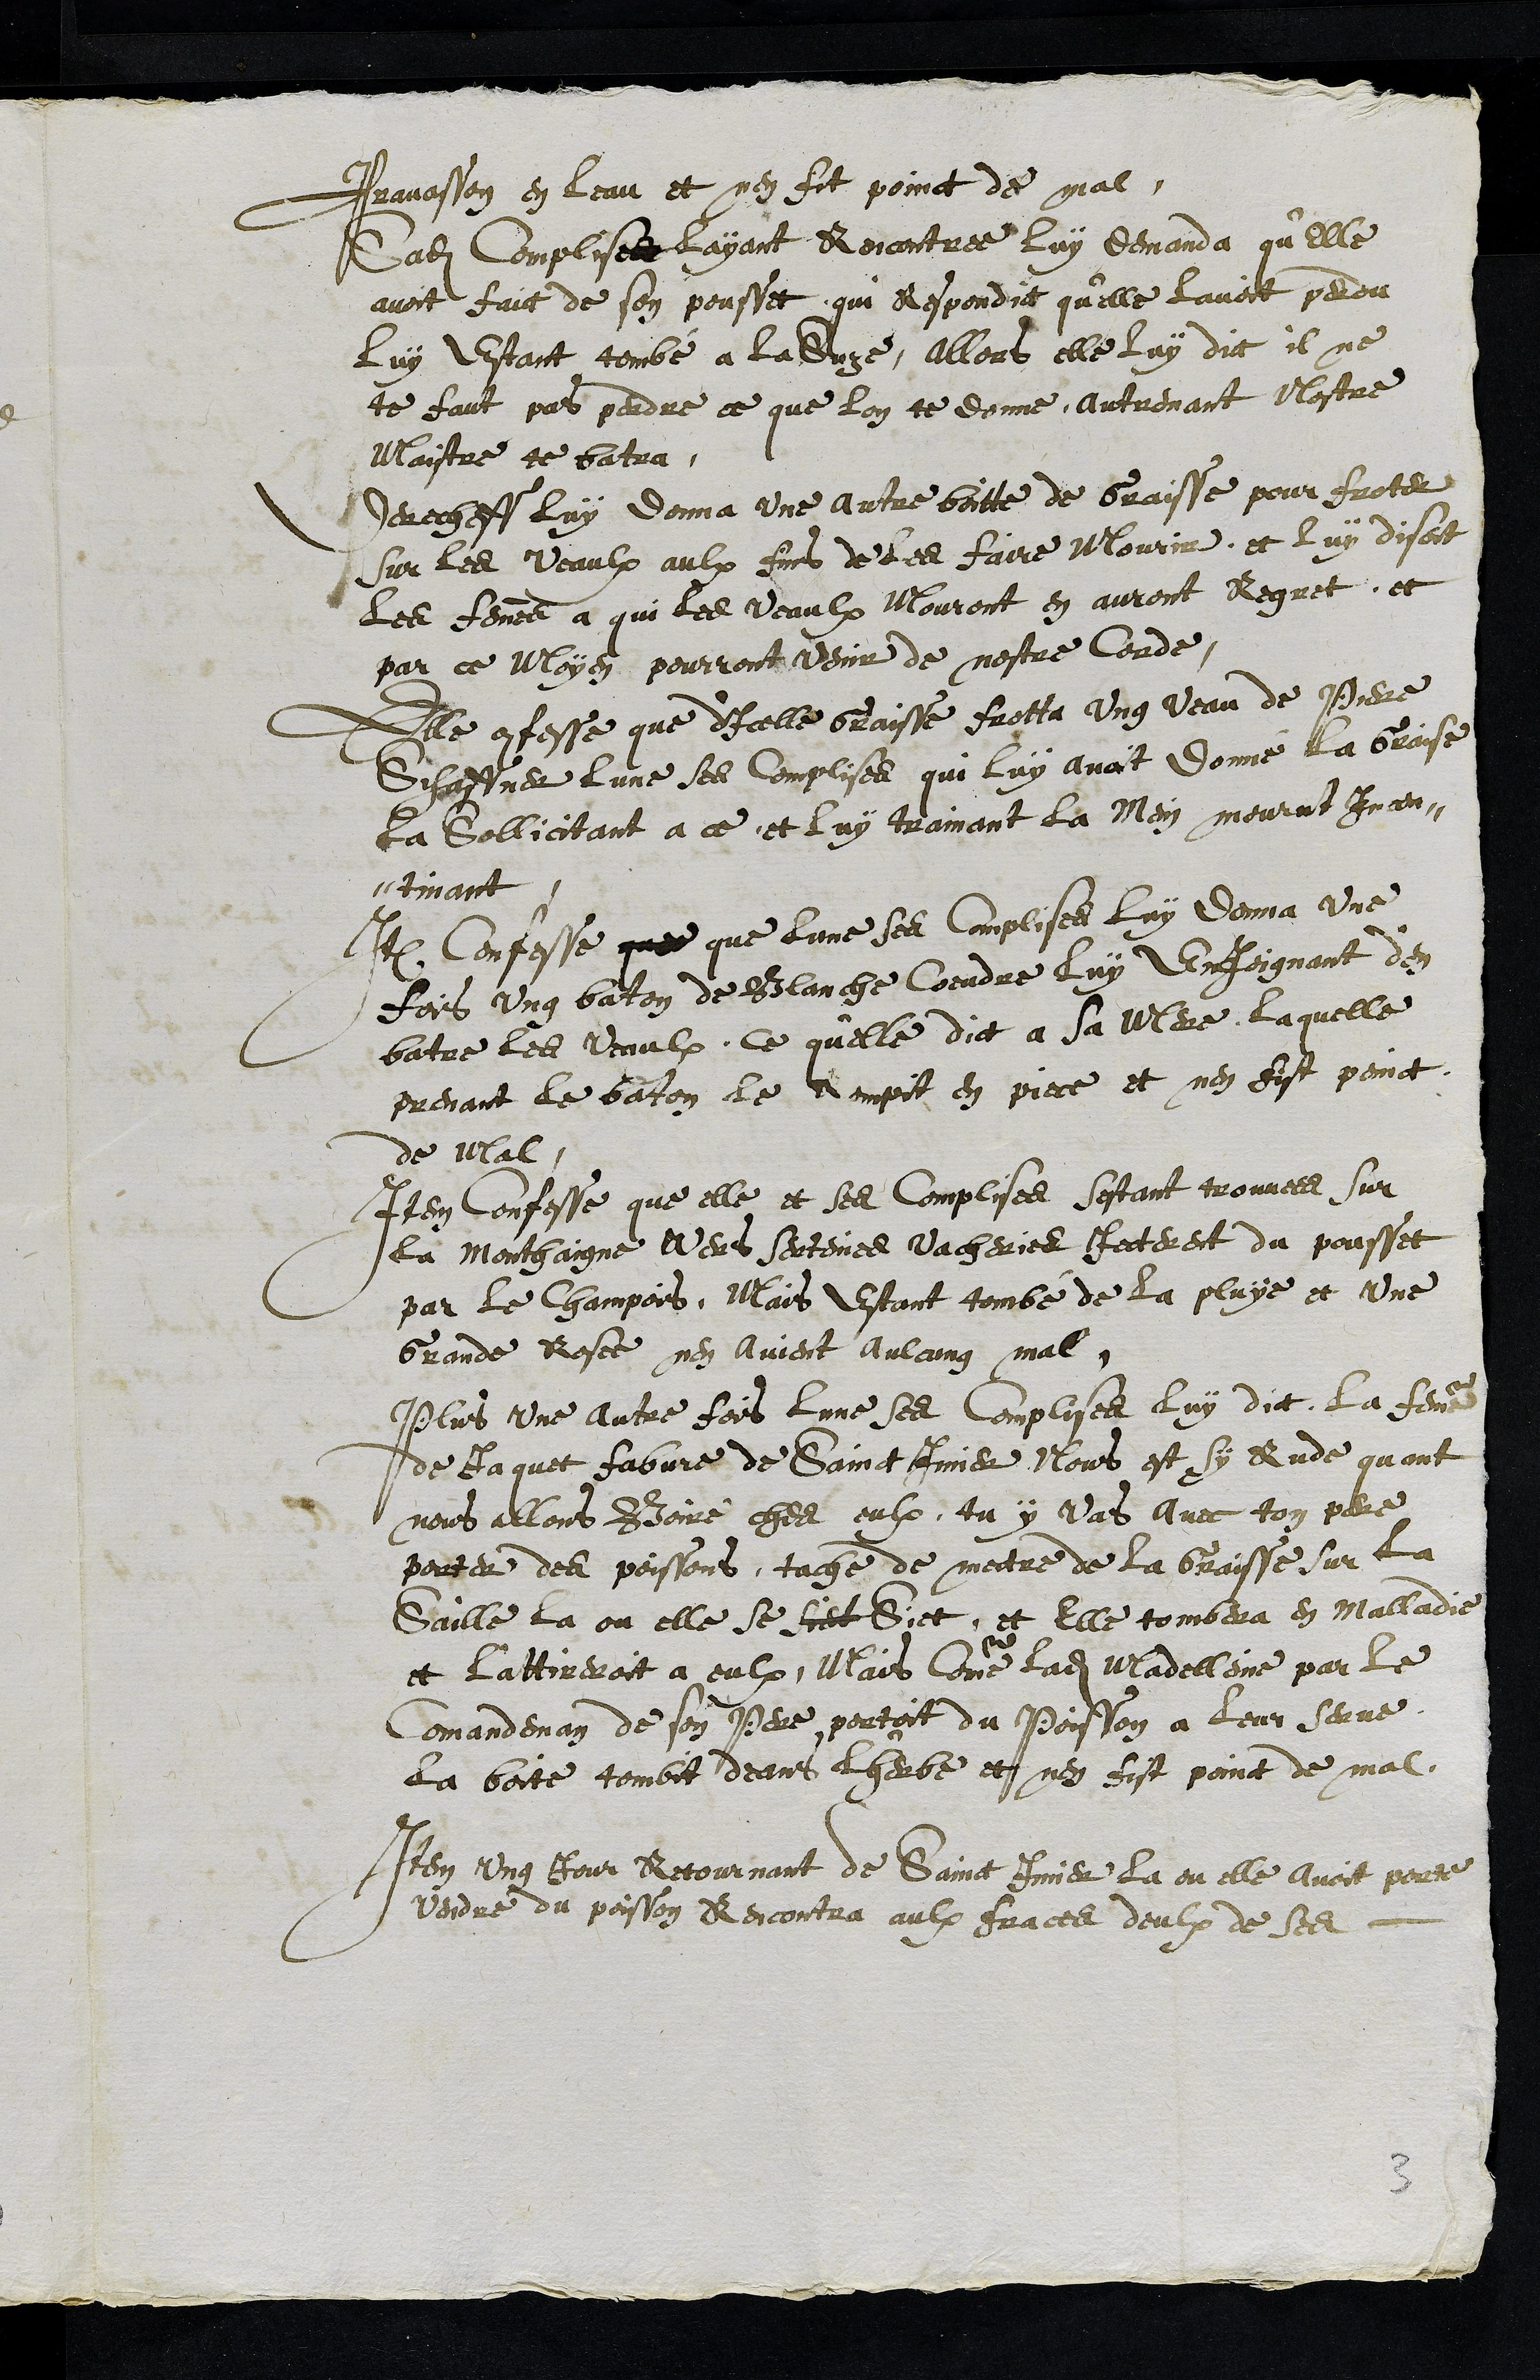
Pravasson en leau et nen fit point de mal,
Sadite Complise layant Rencontree luy demanda qu'elle
avoit faict de son pousset qui respondit qu'elle lavoit perdu
luy estant tombé a la Suze, allors elle luy dict il ne
te faut pas perdre ce que lon te donne autremant Nostre
Maistre te batra
Derecheff luy donna une autre boitte de graisse, pour froter
sur les veaulx aulx fins de les faire mourir, et luy disoit
les femmes a qui les veaulx mouront en auront Regret, et
par ce moyen pourront venir de nostre Corde,
Elle confesse que dicelle Graisse frotta ung veau de Piere
Schaffner lune ses complisse qui luy avoit donné la Graisse,
la sollicitant a ce et luy trainant la Mein mourut Incon¬
tinant
Item confesse que que lune ses complises luy donna une
fois ung baton de Blanche Coeudre luy Enjoignant d'en
batre les veaulx, Ce qu'elle dict a sa Mere, laquelle
prenant le baton le rompit en piece et nen fist poinct
de mal
Item confesse que elle et ses complises sestant trouvees sur
la Monthaigne Wers serteines vacheries Jaterent du pousset
par le Champois. Mais estant tombé de la pluye et une
Grande Rosee nen avient aulcung mal.
Plus une autre fois lune ses complises luy dict, La femme
de Jaquet fabvre de Saint Imier Nous est sy Rude quant
nous allons Boire ches eulx, tu y vas avec ton pere
porter des poissons, tache de mettre de la Graisse sur la
Saille la ou elle se siet Siet, et elle tombera en malladie
et l'attireroit a eulx, Mais comme ladite Madelleine par le
Comandeman de son Pere portoit du Poisson a leur serne
la boite tombit deans l'herbe et nen fist poinct de mal,
Item ung Jour Retournant de Sainct Imier la ou elle avoit porte
vendre du poisson Rencontra aulx Fraces deulx de ses
3